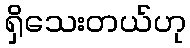
ရှိသေးတယ်ဟု